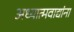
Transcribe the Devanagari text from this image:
अध्यात्मवाद्यांना